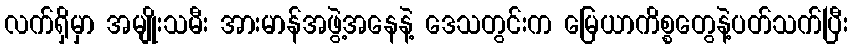
လက်ရှိမှာ အမျိုးသမီး အားမာန်အဖွဲ့အနေနဲ့ ဒေသတွင်းက မြေယာကိစ္စတွေနဲ့ပတ်သက်ပြီး